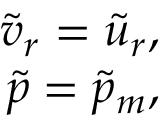
\begin{array} { r } { \tilde { v } _ { r } = \tilde { u } _ { r } , } \\ { \tilde { p } = \tilde { p } _ { m } , } \end{array}